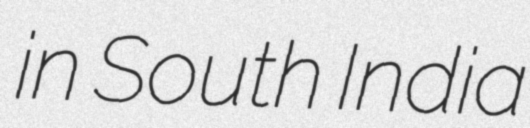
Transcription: in South India